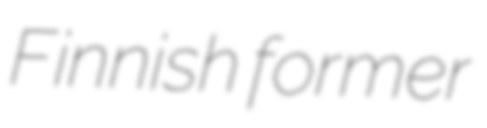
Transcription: Finnish former